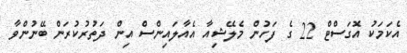
އެކަމަކު އޮގަސްޓް 22 ގެ ފަހުން މެލޭޝިއާ އެއާލައިންސް އިން ދަތުރުކުރަން ބޭނުންވާ